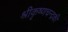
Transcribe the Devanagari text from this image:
श्रीकृष्णचन्द्रकी